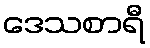
ဒေသစာရီ